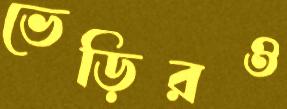
ভেড়িরও